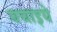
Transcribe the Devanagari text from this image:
बचाइये